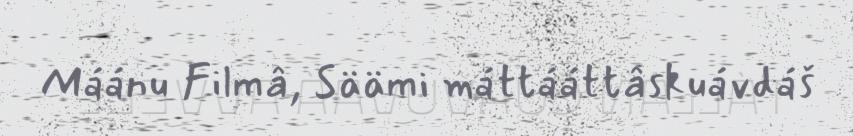
Máánu Filmâ, Säämi máttááttâskuávdáš